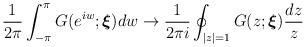
LaTeX: \begin{align*}\frac{1}{2\pi }\int_{-\pi }^{\pi }G(e^{iw};\boldsymbol{\xi })dw\rightarrow \frac{1}{2\pi i}\oint_{|z|=1}G(z;\boldsymbol{\xi })\frac{dz}{z}\end{align*}